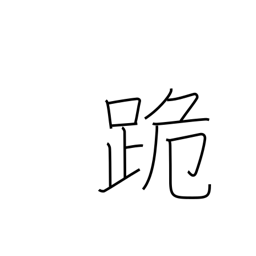
Meaning: kneel